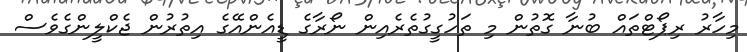
މިހާރު ރިޕޯޓްތައް ބުނާ ގޮތުން މި ތަހުގީގުތެރެއިން ނޯރާގެ ޑީއެންއޭގެ އިތުރުން ޖެކްލީންގެވެސް